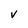
Character: V